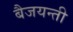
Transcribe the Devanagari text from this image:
बैजयन्‍ती